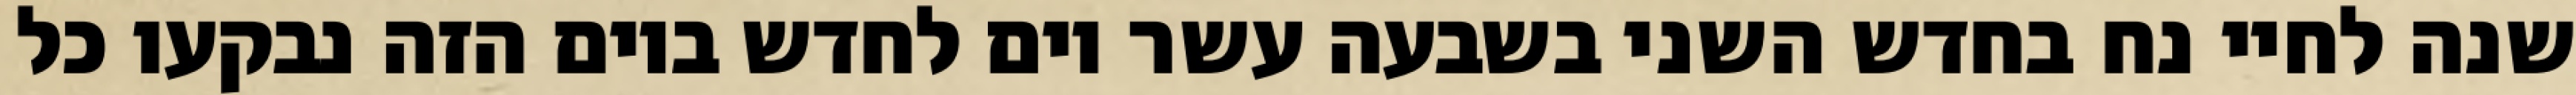
שנה לחיי נח בחדש השני בשבעה עשר יום לחדש ביום הזה נבקעו כל